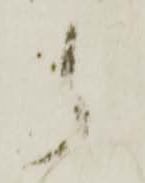
郎